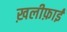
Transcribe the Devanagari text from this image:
ख़लीफ़ाई